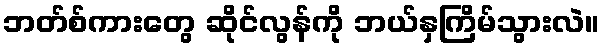
ဘတ်စ်ကားတွေ ဆိုင်လွန်ကို ဘယ်နှကြိမ်သွားလဲ။